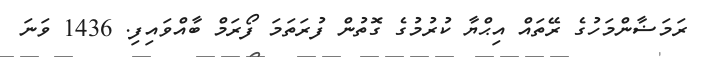
ރަމަޟާންމަހުގެ ރޭތައް އިޙްޔާ ކުރުމުގެ ގޮތުން ފުރަތަމަ ފޯރަމް ބާއްވައިފި. 1436 ވަނަ